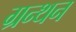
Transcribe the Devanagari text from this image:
ग्रन्थन